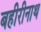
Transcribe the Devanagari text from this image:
बहीरीनाथ